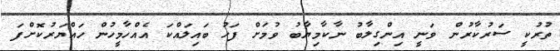
ތުރުކީ ސަރުކާރުން ވަނީ އިންގިލާބު ނާކާމިޔާބު ވުމަށް ފަހު ބައިލައްކަ އެއްހާމީހުން ހައްޔަރުކޮށްފަ